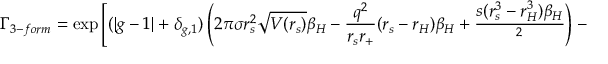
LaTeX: \Gamma _ { 3 - f o r m } = \exp \left[ ( | g - 1 | + \delta _ { g , 1 } ) \left( 2 \pi \sigma r _ { s } ^ { 2 } \sqrt { V ( r _ { s } ) } \beta _ { H } - \frac { q ^ { 2 } } { r _ { s } r _ { + } } ( r _ { s } - r _ { H } ) \beta _ { H } + \frac { s ( r _ { s } ^ { 3 } - r _ { H } ^ { 3 } ) \beta _ { H } } { \l ^ { 2 } } \right) - \frac { 1 } { 8 \pi \sigma ^ { 2 } } \right]